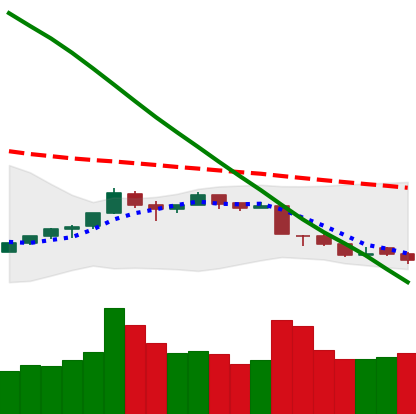
Ticker: TRX-USD
Chart end date: 2018-09-11
Forward return: 6.95%
Label: up_5_7